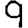
Digit: 9